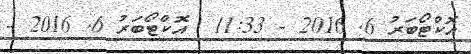
އޮކްޓޯބަރު 6